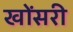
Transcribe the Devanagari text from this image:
खोंसरी